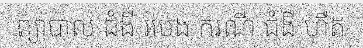
ព្យាបាល ជំងឺ របេង ករណី ជំងឺ ហឺត